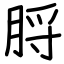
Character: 脟